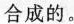
合成的。